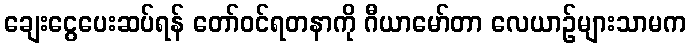
ချေးငွေပေးဆပ်ရန် တော်ဝင်ရတနာကို ဂီယာမော်တာ လေယာဉ်များသာမက